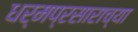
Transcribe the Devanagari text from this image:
धर्मप्रसाराच्या